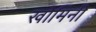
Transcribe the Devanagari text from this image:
खोमिनी